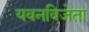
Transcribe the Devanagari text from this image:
यवनविजेता